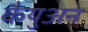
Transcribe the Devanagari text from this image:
कैयुअन